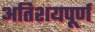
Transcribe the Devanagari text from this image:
अतिशयपूर्ण